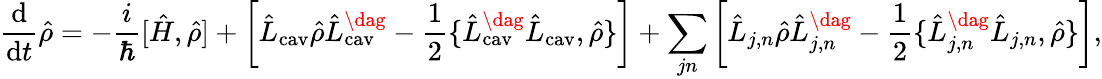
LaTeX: \frac{\mathrm{d}}{\mathrm{d}t}\hat{\rho}=-\frac{i}{\hbar}[\hat{H},\hat{\rho}]+\bigg[\hat{L}_{\mathrm{cav}}\hat{\rho}\hat{L}_{\mathrm{cav}}^{\dag}-\frac{1}{2}\{ \hat{L}_{\mathrm{cav}}^{\dag}\hat{L}_{\mathrm{cav}},\hat{\rho}\} \bigg]+\sum_{jn}\bigg[\hat{L}_{j,n}\hat{\rho}\hat{L}_{j,n}^{\dag}-\frac{1}{2}\{ \hat{L}_{j,n}^{\dag}\hat{L}_{j,n},\hat{\rho}\} \bigg],